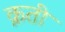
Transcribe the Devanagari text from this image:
क्रती